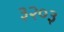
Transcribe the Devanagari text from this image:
३२०३